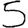
Digit: 5